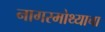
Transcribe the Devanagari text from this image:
नागरमोथ्याचा